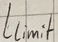
Text: Llimit